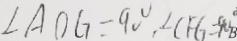
\angle A O G = 9 0 ^ { \circ } , \angle C F G = 9 0 ^ { \circ }